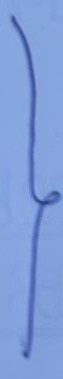
}